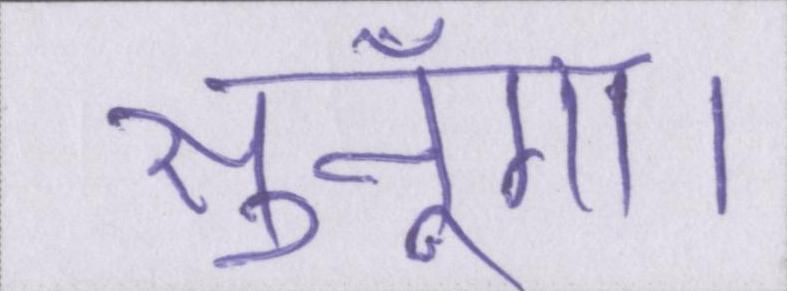
सुनूँगा।